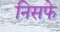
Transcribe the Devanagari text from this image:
निसफे